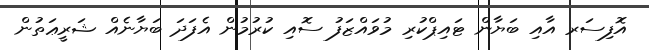
އޮފިސަރ އާއި ބަޔާން ޓައިޕްކުރި މުވައްޒަފު ސޮއި ކުރުމުން އެފަދަ ބަޔާނެއް ޝަރީޢަތުން